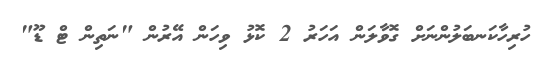
ހުރިހާކަނބަލުންނަށް ގޮވާލަން އަހަރު 2 ކޮޅު ވިހަން އޭރުން "ނަތިން ޓް ޑޫ"